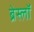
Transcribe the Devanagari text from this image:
ब्रेस्लॉ